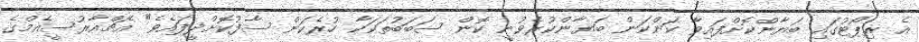
އެ ރިޕޯޓުގައި ބަޔާންކޮށްފައިވާ ކަންކަން ބަޔާންކުރެވުނީ ކޮން ސަބަބުތަކަކާ ހުރެކަން ސާފުކޮށްދީފައެވެ" އެޗްއާރުސީއެމްގެ